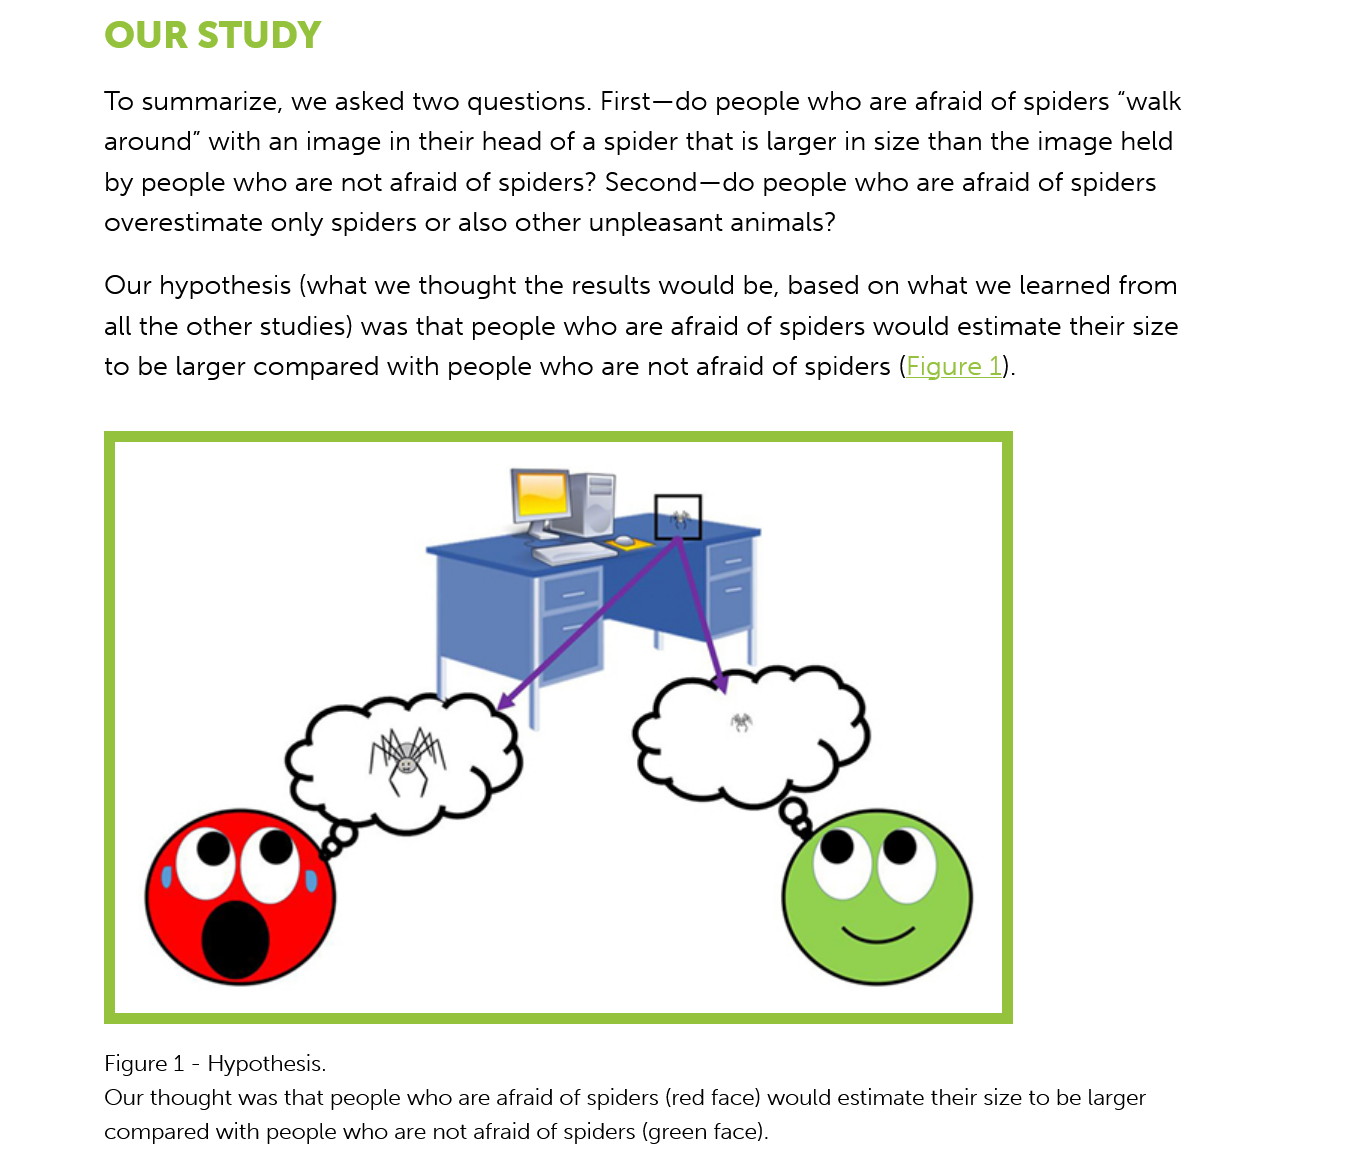
Figure 1
     - Hypothesis.
     Our thought was that people who are afraid of spiders (red face) would estimate their size to be larger
     compared with people who are not afraid of spiders (green face).
     OUR    STUDY
     To summarize,  we  asked two  questions. First—do people who are  afraid of spiders “walk
     around"  with an image in their head of a spider that is larger in size than the image held
     by people  who are  not afraid of spiders? Second—do  people who are afraid of spiders
     overestimate  only spiders or also other unpleasant animals?
     Our hypothesis  (what we  thought the results would be, based on  what we learned  from
     all the other studies) was that people who are afraid of spiders would estimate their size
     to be larger compared  with people  who are not afraid of spiders (Figure 1).